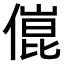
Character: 𠍕